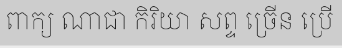
ពាក្យ ណាជា កិរិយា សព្ទ ច្រើន ប្រើ